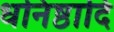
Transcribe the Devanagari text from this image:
धनिष्ठादि